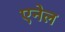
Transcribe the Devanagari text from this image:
एनेल